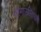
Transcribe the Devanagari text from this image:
तामाउलिपास